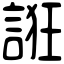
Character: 誑